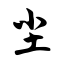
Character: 尘